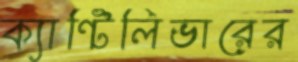
ক্যান্টিলিভারের